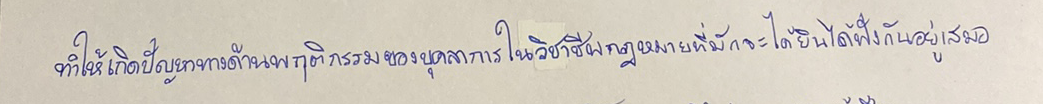
ทำให้เกิดปัญหาทางด้านพฤติกรรมของบุคลากรในวิชาชีพกฎหมายที่มักจะได้ยินได้ฟังกันอยู่เสมอ